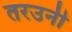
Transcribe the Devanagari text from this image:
तरउनी